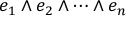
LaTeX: e _ { 1 } \wedge e _ { 2 } \wedge \cdots \wedge e _ { n }